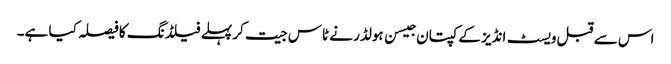
اس سے قبل ویسٹ انڈیز کے کپتان جیسن ہولڈر نے ٹاس جیت کر پہلے فیلڈنگ کا فیصلہ کیا ہے۔